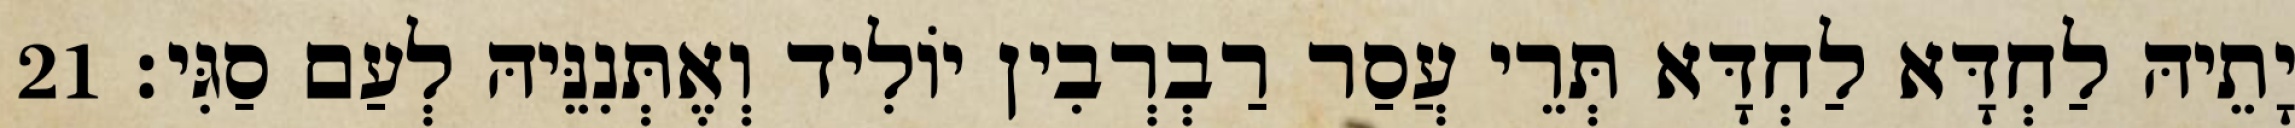
יָתֵיהּ לַחְדָּא לַחְדָּא תְּרֵי עֲסַר רַבְרְבִין יוֹלִיד וְאֶתְּנִנֵּיהּ לְעַם סַגִּי׃ 21